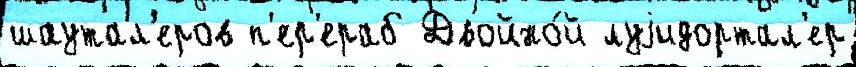
шаутал'еров п'ер'ераб Двойно́й луjидортал'ер